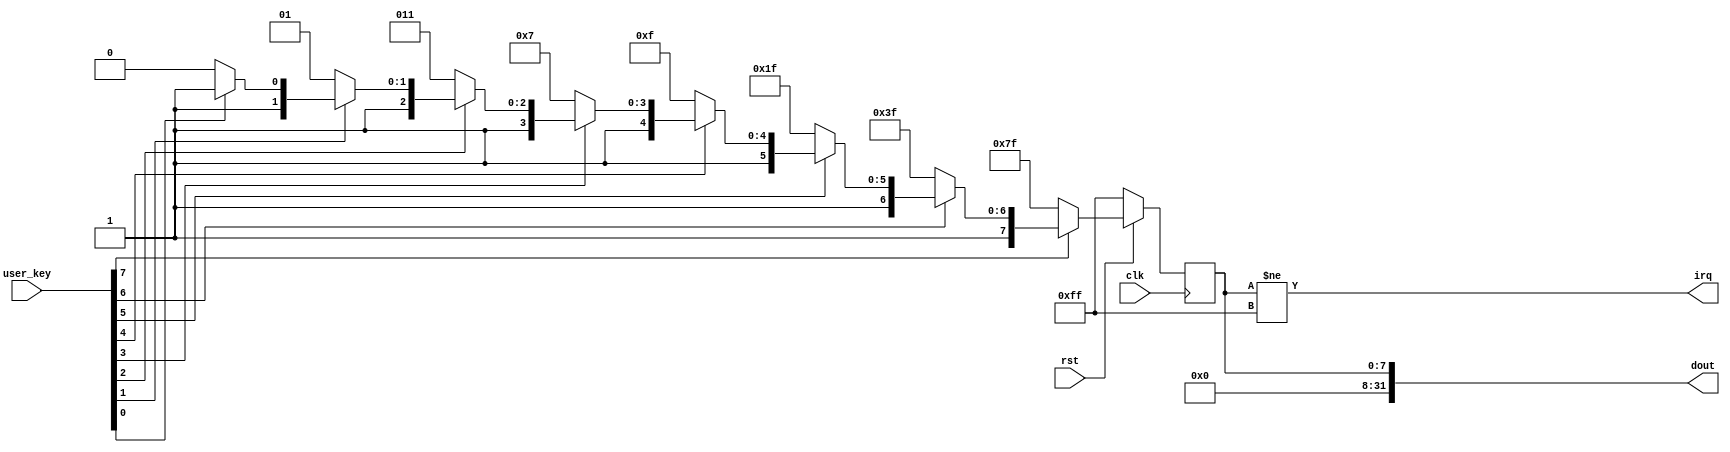
`timescale 1ns / 1ps
//////////////////////////////////////////////////////////////////////////////////
// Company: 
// Engineer: 
// 
// Design Name: 
// Module Name:    userkey 
// Project Name: 
// Target Devices: 
// Tool versions: 
// Description: 
//
// Dependencies: 
//
// Revision: 
// Revision 0.01 - File Created
// Additional Comments: 
//
//////////////////////////////////////////////////////////////////////////////////
module userkey(
	input [7:0] user_key,
	input clk,
	input rst,
	output [31:0] dout,
	output irq
    );
	reg[7:0] keys;
	wire[7:0] keyswi;
	/*
	reg[6:0] cnt7, cnt6, cnt5, cnt4, cnt3, cnt2, cnt1, cnt0;
	wire [3:0] cnt7wi, cnt6wi, cnt5wi, cnt4wi, cnt3wi, cnt2wi, cnt1wi, cnt0wi;
	assign cnt7wi = (user_key[7]&&!keys[7])?cnt7+1:0;
	assign cnt6wi = (user_key[6]&&!keys[6])?cnt6+1:0;
	assign cnt5wi = (user_key[5]&&!keys[5])?cnt5+1:0;
	assign cnt4wi = (user_key[4]&&!keys[4])?cnt4+1:0;
	assign cnt3wi = (user_key[3]&&!keys[3])?cnt3+1:0;
	assign cnt2wi = (user_key[2]&&!keys[2])?cnt2+1:0;
	assign cnt1wi = (user_key[1]&&!keys[1])?cnt1+1:0;
	assign cnt0wi = (user_key[0]&&!keys[0])?cnt0+1:0;
	assign keyswi = {(cnt7==7'd100)?1'b1:keys[7],(cnt6==7'd100)?1'b1:keys[6],
						  (cnt5==7'd100)?1'b1:keys[5],(cnt4==7'd100)?1'b1:keys[4],
						  (cnt3==7'd100)?1'b1:keys[3],(cnt2==7'd100)?1'b1:keys[2],
						  (cnt1==7'd100)?1'b1:keys[1],(cnt0==7'd100)?1'b1:keys[0]};
	*/
	assign keyswi = (!user_key[7])?8'b01111111:
						 (!user_key[6])?8'b10111111:
						 (!user_key[5])?8'b11011111:
						 (!user_key[4])?8'b11101111:
						 (!user_key[3])?8'b11110111:
						 (!user_key[2])?8'b11111011:
						 (!user_key[1])?8'b11111101:
						 (!user_key[0])?8'b11111110:8'hff;
	assign irq = (keys!=8'hff);
	assign dout = {24'b0, keys};
	always@(posedge clk)begin
		if(!rst)begin
			keys<=8'hff;
			/*
			cnt7<=0;
			cnt6<=0;
			cnt5<=0;
			cnt4<=0;
			cnt3<=0;
			cnt2<=0;
			cnt1<=0;
			cnt0<=0;
			*/
		end
		else begin
			keys<=keyswi;
			/*
			cnt7<=cnt7wi;
			cnt6<=cnt6wi;
			cnt5<=cnt5wi;
			cnt4<=cnt4wi;
			cnt3<=cnt3wi;
			cnt2<=cnt2wi;
			cnt1<=cnt1wi;
			cnt0<=cnt0wi;
			*/
		end
	
	
	end
	

endmodule